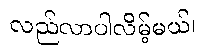
လည်လာပါလိမ့်မယ်၊